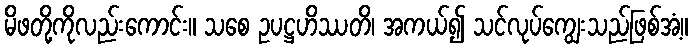
မိဖတို့ကိုလည်းကောင်း။ သစေ ဥပဋ္ဌဟိဿတိ၊ အကယ်၍ သင်လုပ်ကျွေးသည်ဖြစ်အံ့။